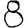
Digit: 8